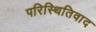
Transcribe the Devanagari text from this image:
परिस्थितिवाद